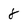
Character: 8